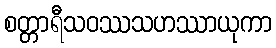
စတ္တာရီသဝဿသဟဿာယုကာ